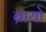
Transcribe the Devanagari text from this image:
ब्रायो